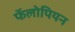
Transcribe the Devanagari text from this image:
फॅलोपियन